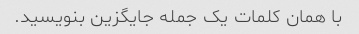
با همان کلمات یک جمله جایگزین بنویسید.